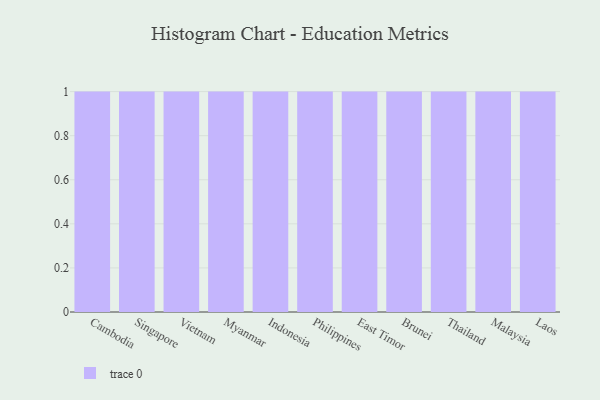
{"axis": {"x": "Country", "y": "Budget (USD K)"}, "legend": [""], "data": [{"x": "Cambodia", "y": 54, "type": ""}, {"x": "Singapore", "y": 24, "type": ""}, {"x": "Vietnam", "y": 61, "type": ""}, {"x": "Myanmar", "y": 46, "type": ""}, {"x": "Indonesia", "y": 26, "type": ""}, {"x": "Philippines", "y": 13, "type": ""}, {"x": "East Timor", "y": 85, "type": ""}, {"x": "Brunei", "y": 48, "type": ""}, {"x": "Thailand", "y": 29, "type": ""}, {"x": "Malaysia", "y": 9, "type": ""}, {"x": "Laos", "y": 96, "type": ""}]}